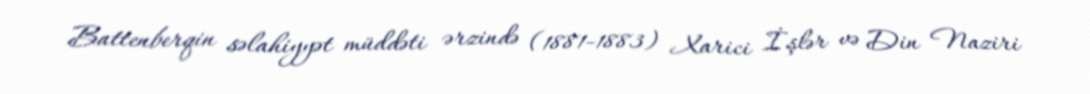
Battenberqin səlahiyyət müddəti ərzində (1881-1883) Xarici İşlər və Din Naziri